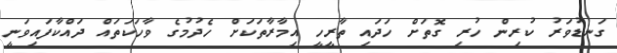
ގަނޑުވަރު ކުރިން ހުރި ގޮތަށް ހަދައި ތާރީހީ އިމާރާތަކަށް ހެދުމުގެ ވާހަކަތައް ދައްކާފައިވަނީ